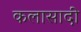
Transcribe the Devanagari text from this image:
कलासादी